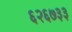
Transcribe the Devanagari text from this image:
६२६७३३